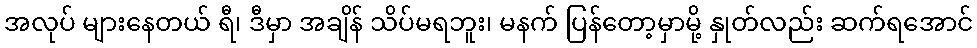
အလုပ် များနေတယ် ရီ၊ ဒီမှာ အချိန် သိပ်မရဘူး၊ မနက် ပြန်တော့မှာမို့ နှုတ်လည်း ဆက်ရအောင်